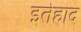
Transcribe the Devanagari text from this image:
इतेहाद